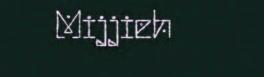
Mijjieh